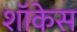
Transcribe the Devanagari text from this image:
शाॅकेस